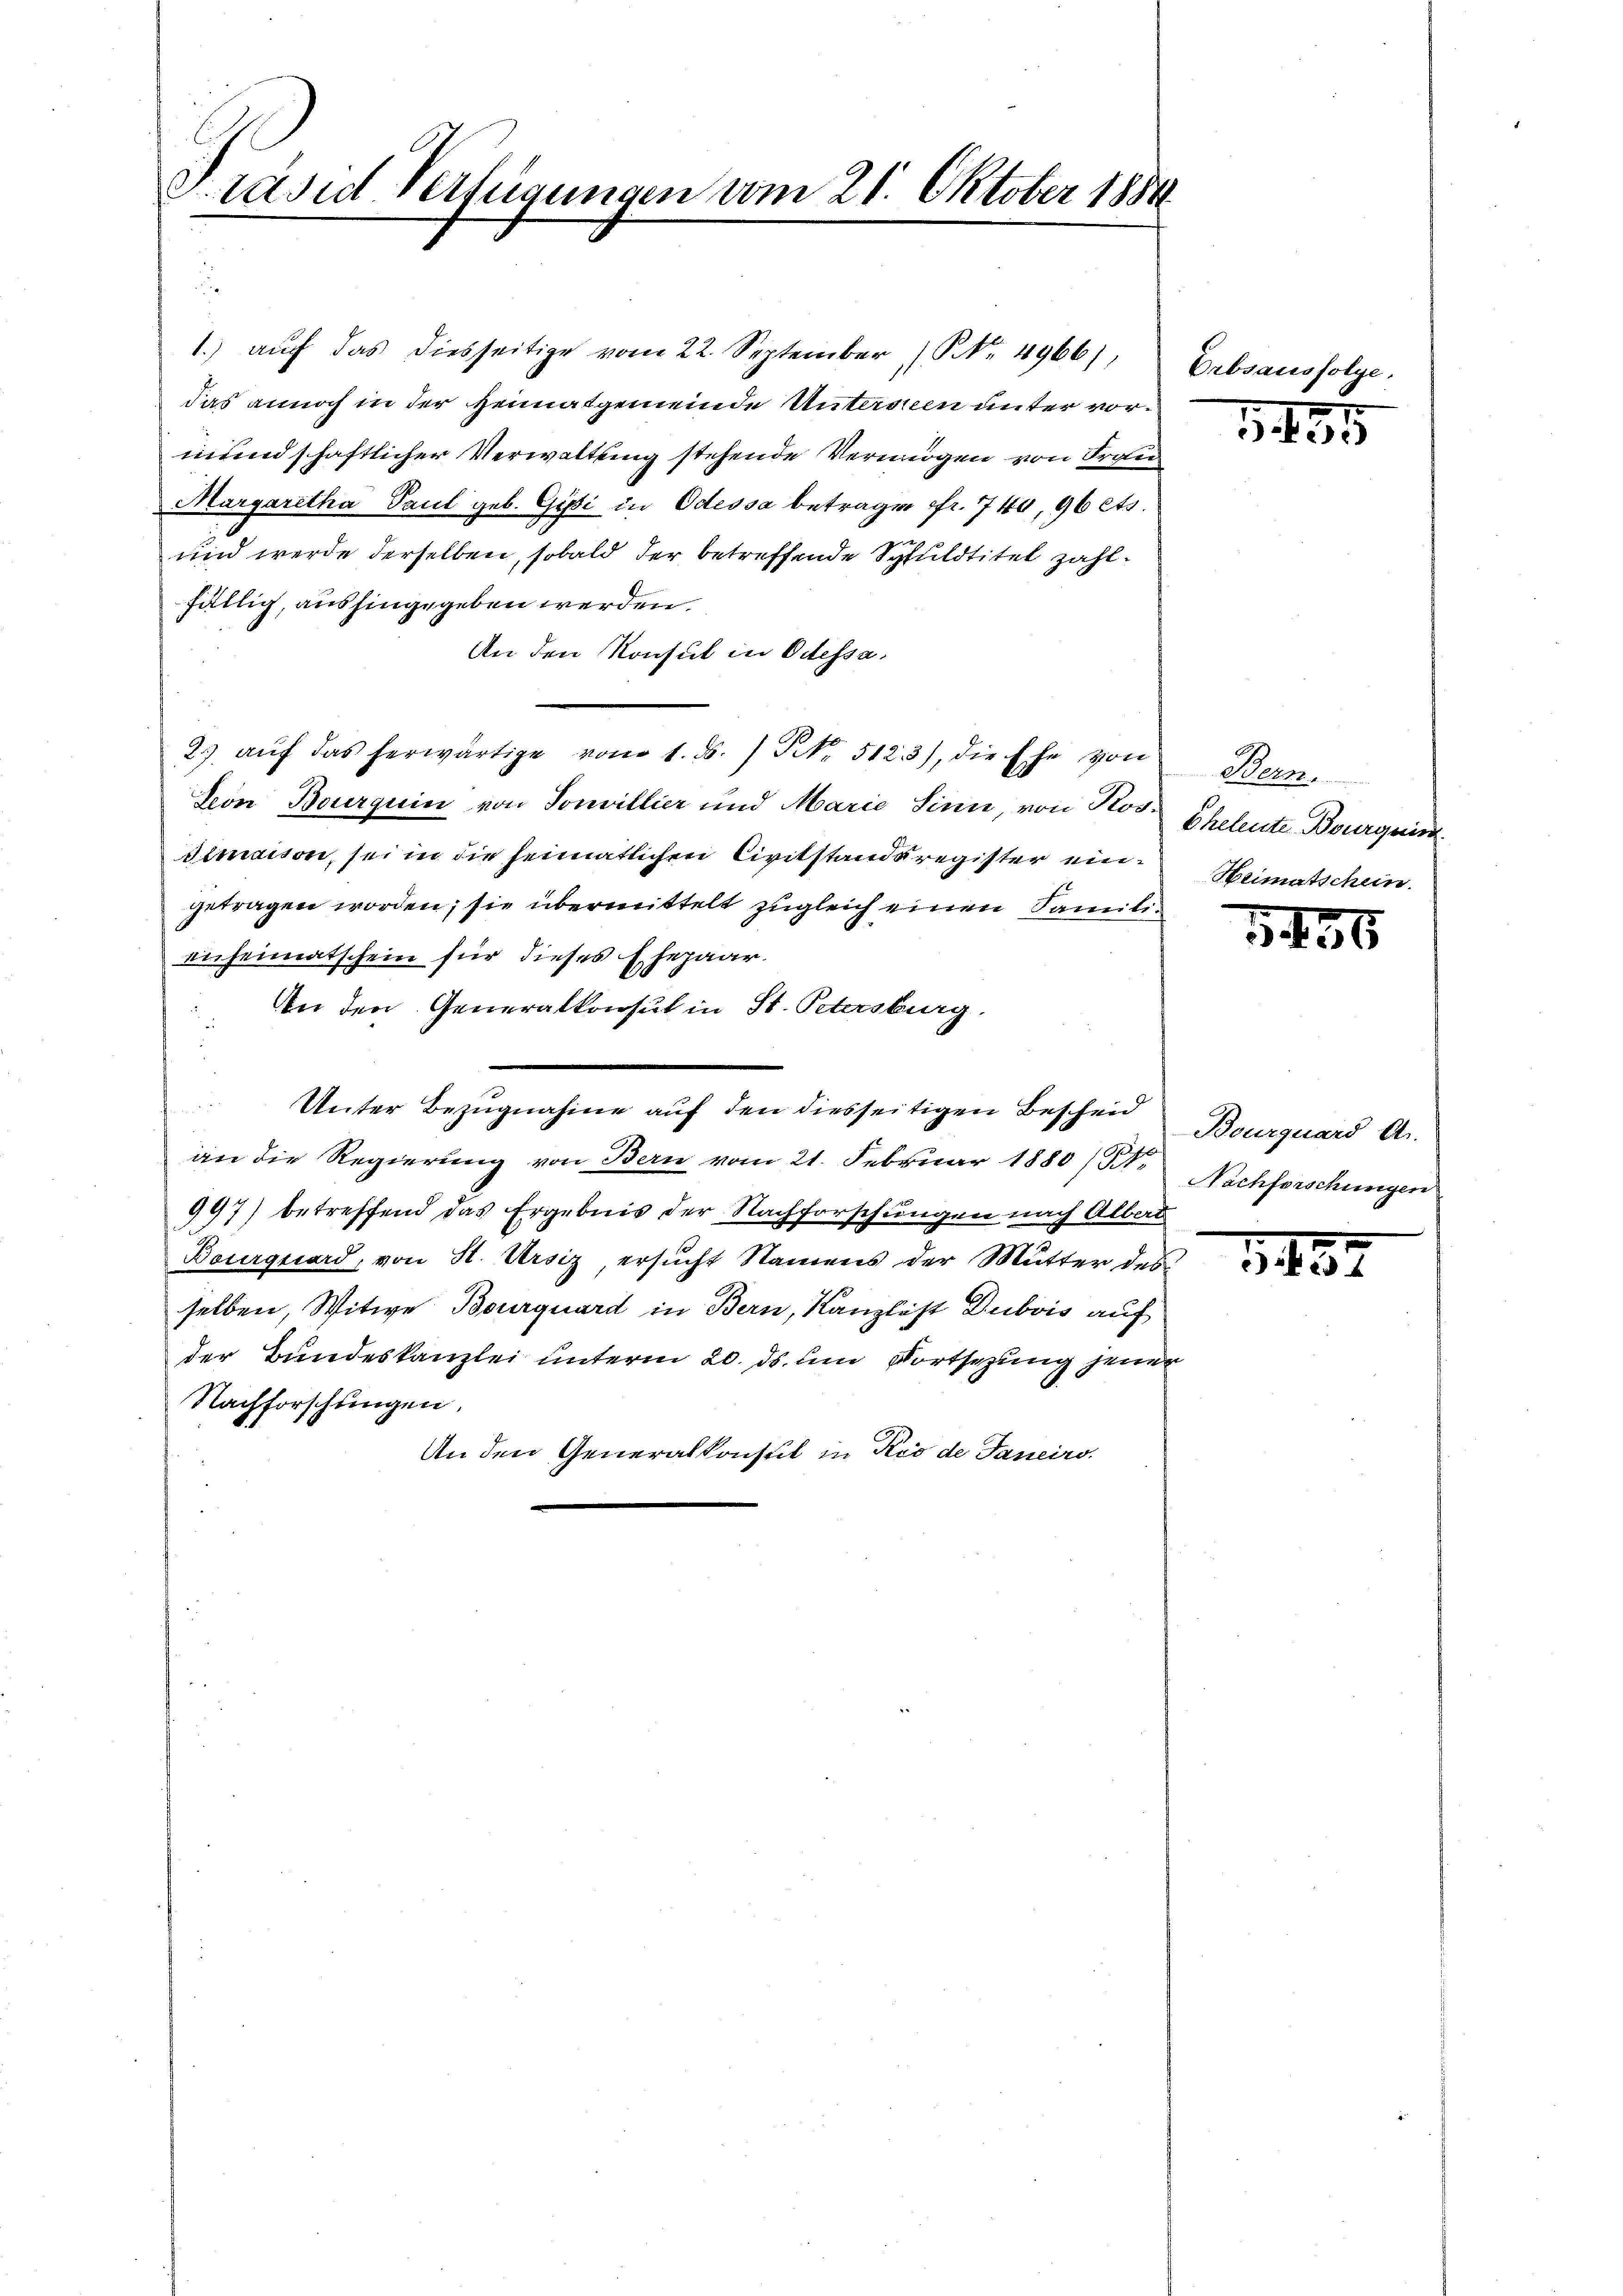
S. rasie Verfügungen vom 21. Oktober 1884.

e
1.) aŭch das diesseitige vom 22. September Nr. 4966),
das annoch in der Heimatgemeinde Untersten unter vormundschaftlicher Verwaltung stehende Vermögen von Trau
Margaretha Paul geb. Gisi in Odessa betragen fr. 740, 96 ets.
und werde derselben, sobald der betreffende Schuldtitel zahlfällig, aushingegeben werden.
An den Konsul in Odessa.
2. aŭf das herwärtige vom 1. ds. / N. 5123), die Ehe von
Lein Bourquin von Sonvillier und Marie Sinn, von RosEheleute Bourger
Simaison, sei in die heimatlichen Civitstandsregister eingetragen worden; sie übermittelt zugleich einen Familie
enheimatschein für dieses Ehepaar
An den Generalkonsul in St. Petersburg
Unter Bezugnahme auf den diesseitigen Bescheid
an die Regierung von Bern vom 21. Februar 1880 (Str. Nachforschungen
997) betreffend das Ergebnis der Nachforschungen nach Alberd
Bourquard, von St. Ursiz, ersucht Namens der Mutter des
selben, Witwe Bourquard in Bern, Kanzlist Dubois auf
der Bundeskanzlei unterm 20. ds. um Dortsezung jener
Nachforschlingen.
An den Generalkonsul in Kro de Janeiro

Erbsausfolge.

1455

Bern.
Heimatschein.

1456

Bourquard A.

1487